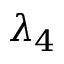
\lambda _ { 4 }